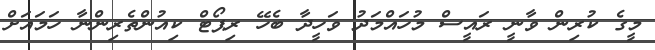
މީގެ ކުރިން ވާނީ ރައީސް މުހައްމަދު ވަހީދާ ބެހޭ ރިޕޯޓް ކިއުންތެރިންނާ ހަމައަށް